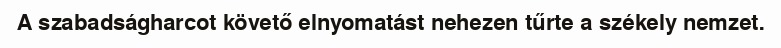
A szabadságharcot követő elnyomatást nehezen tűrte a székely nemzet.